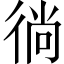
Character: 徜